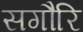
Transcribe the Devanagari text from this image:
सगौरि